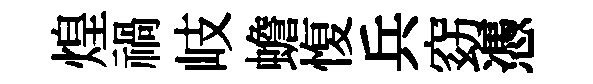
煌禍岐蟾愎兵窈憑